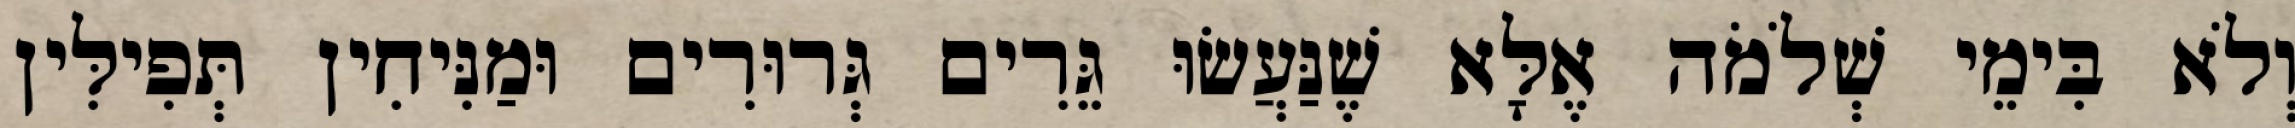
וְלֹא בִּימֵי שְׁלֹמֹה אֶלָּא שֶׁנַּעֲשׂוּ גֵּרִים גְּרוּרִים וּמַנִּיחִין תְּפִילִּין